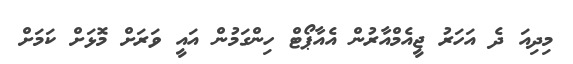
މިދިއަ ދެ އަހަރު ޖީއެމްއާރުން އެއާޕޯޓް ހިންގަމުން އައީ ވަރަށް މޮޅަށް ކަމަށް